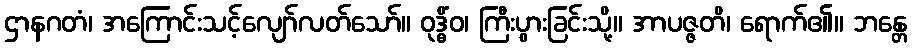
ဌာနဂတံ၊ အကြောင်းသင့်လျော်လတ်သော်။ ဝုဒ္ဓိံဝ၊ ကြီးပွားခြင်းသို့။ အာပဇ္ဇတိ၊ ရောက်၏။ ဘန္တေ